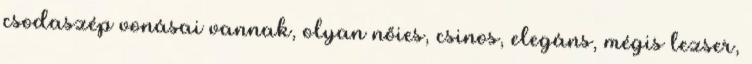
csodaszép vonásai vannak, olyan nőies, csinos, elegáns, mégis lezser,